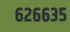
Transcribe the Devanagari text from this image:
६२६६३५